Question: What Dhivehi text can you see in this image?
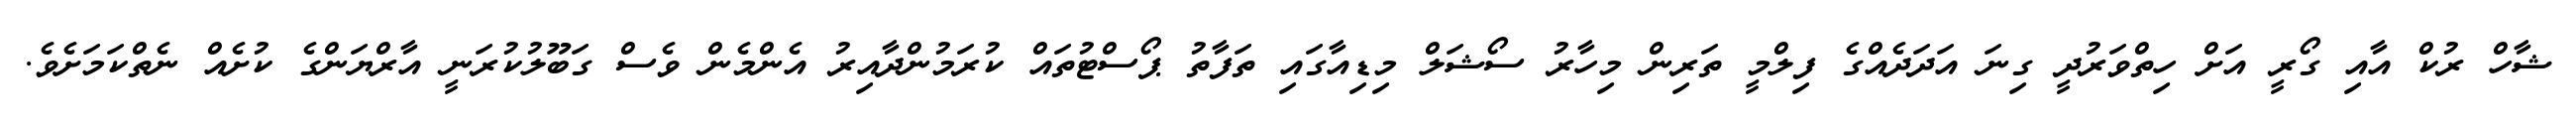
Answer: ޝާހް ރުކް އާއި ގޯރީ އަށް ހިތްވަރުދީ ގިނަ އަދަދެއްގެ ފިލްމީ ތަރިން މިހާރު ސޯޝަލް މިޑިއާގައި ތަފާތު ޕޯސްޓުތައް ކުރަމުންދާއިރު އެންމެން ވެސް ގަބޫލުކުރަނީ އާރްޔަންގެ ކުށެއް ނެތްކަމަށެވެ.